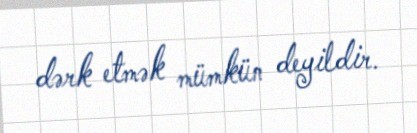
dərk etmək mümkün deyildir.